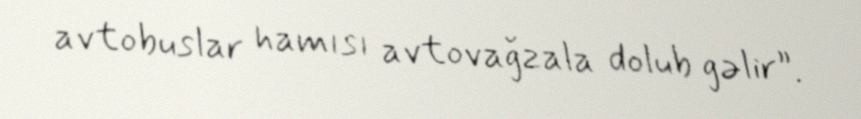
avtobuslar hamısı avtovağzala dolub gəlir”.